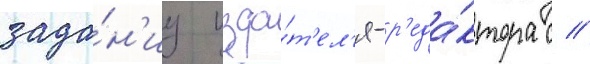
зада́н'иу изда́т'ел'я-р'еда́ктора с //